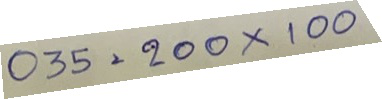
035 = 200 x 100